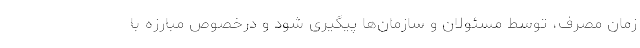
زمان مصرف، توسط مسئولان و سازمان‌ها پیگیری شود و درخصوص مبارزه با